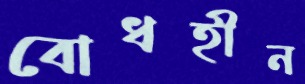
বোধহীন